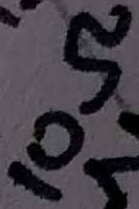
Text: 10Ω